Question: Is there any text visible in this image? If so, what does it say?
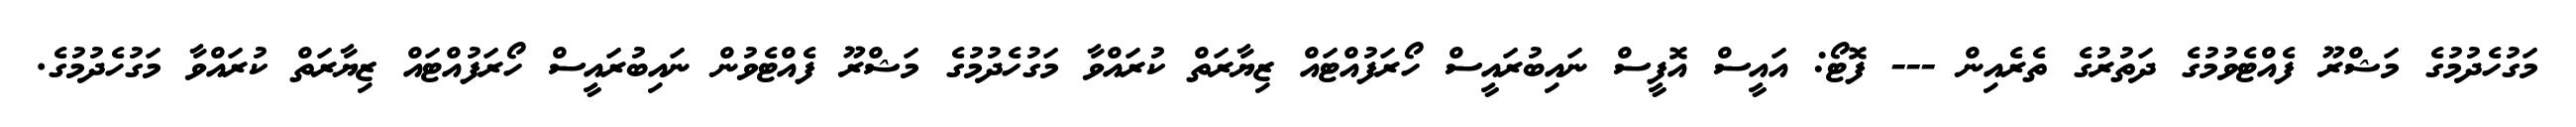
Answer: މަގުހެދުމުގެ މަޝްރޫ ފެއްޓެވުމުގެ ދަތުރުގެ ތެރެއިން --- ފޮޓޯ: އައީސް އޮފީސް ނައިބުރައީސް ހޯރަފުއްޓައް ޒިޔާރަތް ކުރައްވާ މަގުހެދުމުގެ މަޝްރޫ ފެއްޓެވުން ނައިބުރައީސް ހޯރަފުއްޓައް ޒިޔާރަތް ކުރައްވާ މަގުހެދުމުގެ.